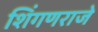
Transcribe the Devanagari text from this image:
शिंगणराजे